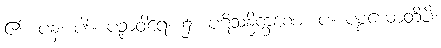
၏။ ပန၊ ပါး။ ပဉှာဝါရေ၊ ၌။ ပဋိသန္ဓိက္ခဏေ။ ပ။ ပစ္စယောတိပိ၊